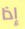
إذا